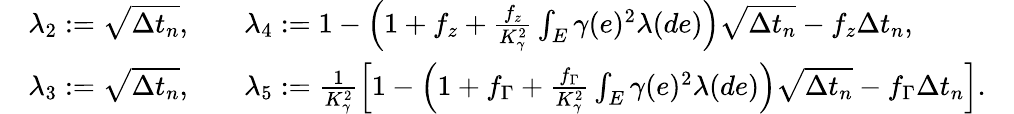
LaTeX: \begin{array}{r}{\begin{array}{rlrlr}&{\lambda_{2}:=\sqrt{\Delta t_{n}},}&&{\lambda_{4}:=1-\left(1+f_{z}+\frac{f_{z}}{K_{\gamma}^{2}}\int_{E}\gamma(e)^{2}\lambda(de)\right)\sqrt{\Delta t_{n}}-f_{z}\Delta t_{n},}&\\ &{\lambda_{3}:=\sqrt{\Delta t_{n}},}&&{\lambda_{5}:=\frac{1}{K_{\gamma}^{2}}\left[1-\left(1+f_{\Gamma}+\frac{f_{\Gamma}}{K_{\gamma}^{2}}\int_{E}\gamma(e)^{2}\lambda(de)\right)\sqrt{\Delta t_{n}}-f_{\Gamma}\Delta t_{n}\right].}&\end{array}}\end{array}